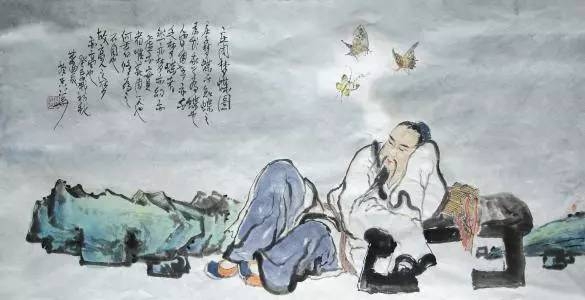
彼窃钩者诛，窃国者为诸侯，诸侯之门而仁义存焉